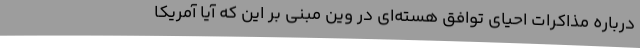
درباره مذاکرات احیای توافق هسته‌ای در وین مبنی بر این که آیا آمریکا